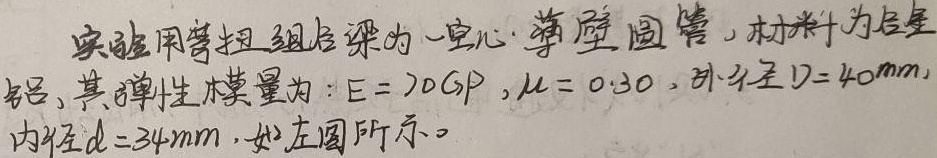
实验用弯扭组合梁为一空心薄壁圆管，材料为铝合金，其弹性模量为：\(E = 70\text{GPa}\)，\(\mu = 0.30\)，外径\(D = 40\text{mm}\)，内径\(d = 34\text{mm}\)，如左图所示。